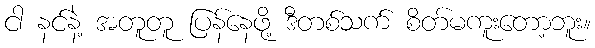
ငါ နင်နဲ့ အတူတူ ပြန်နေဖို့ ဒီတစ်သက် စိတ်မကူးတော့ဘူး။